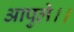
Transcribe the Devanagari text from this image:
आपुले।।